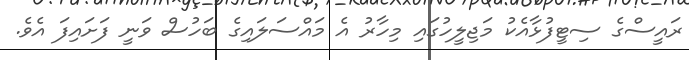
ރައީސްގެ ސިޓީފުޅާއެކު މަޖިލީހުގައި މިހާރު އެ މައްސަލައިގެ ބަހުސް ވަނީ ފަށައިފަ އެވެ.